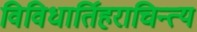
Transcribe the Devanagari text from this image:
विविधार्तिहराचिन्त्य